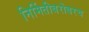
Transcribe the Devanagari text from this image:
निर्मितीबरोबरच